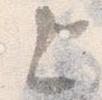
上